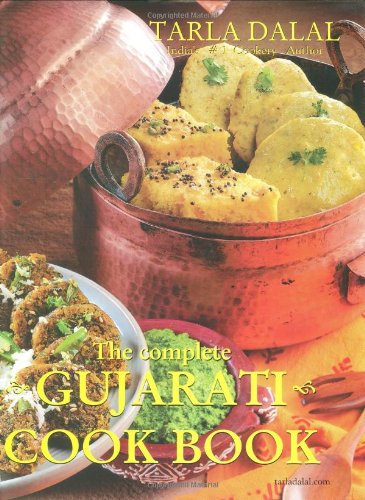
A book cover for The Complete Gujarati Cook Book; Tarla Dalal; Cookbooks, Food & Wine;